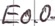
Text: E0.0